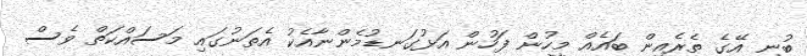
ބުނި އޭގެ ތެރެއިން ބައެއް މީހުން ފަހުން އަޅުގަނޑުމެންނާއެކު އެތަނުގައި މަސައްކަތް ވެސް